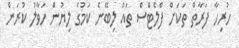
ހުރިހާ ފަރާތް ތަކަށް ފްލެޓްސް ތައް ލިބޭނެ ކަމުގެ ލިޔުން ހަވާލު ކުރަން